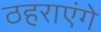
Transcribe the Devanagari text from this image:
ठहराएंगे